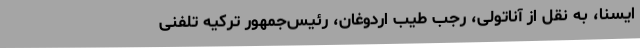
ایسنا، به نقل از آناتولی، رجب طیب اردوغان، رئیس‌جمهور ترکیه تلفنی